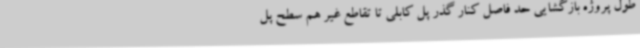
طول پروژه بازگشایی حد فاصل کنار گذر پل کابلی تا تقاطع غیر هم سطح پل